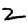
Digit: 2